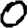
Digit: 0